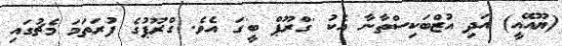
(ޔޫއޭއީ) އަދި އުޒްބަކިސްތާނާ އެކު 'ގްރޫޕް ބީ'ގަ އެވެ. ގްރޫޕުގެ ފުރަތަމަ މެޗުގައި